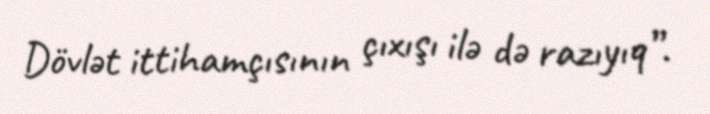
Dövlət ittihamçısının çıxışı ilə də razıyıq”.